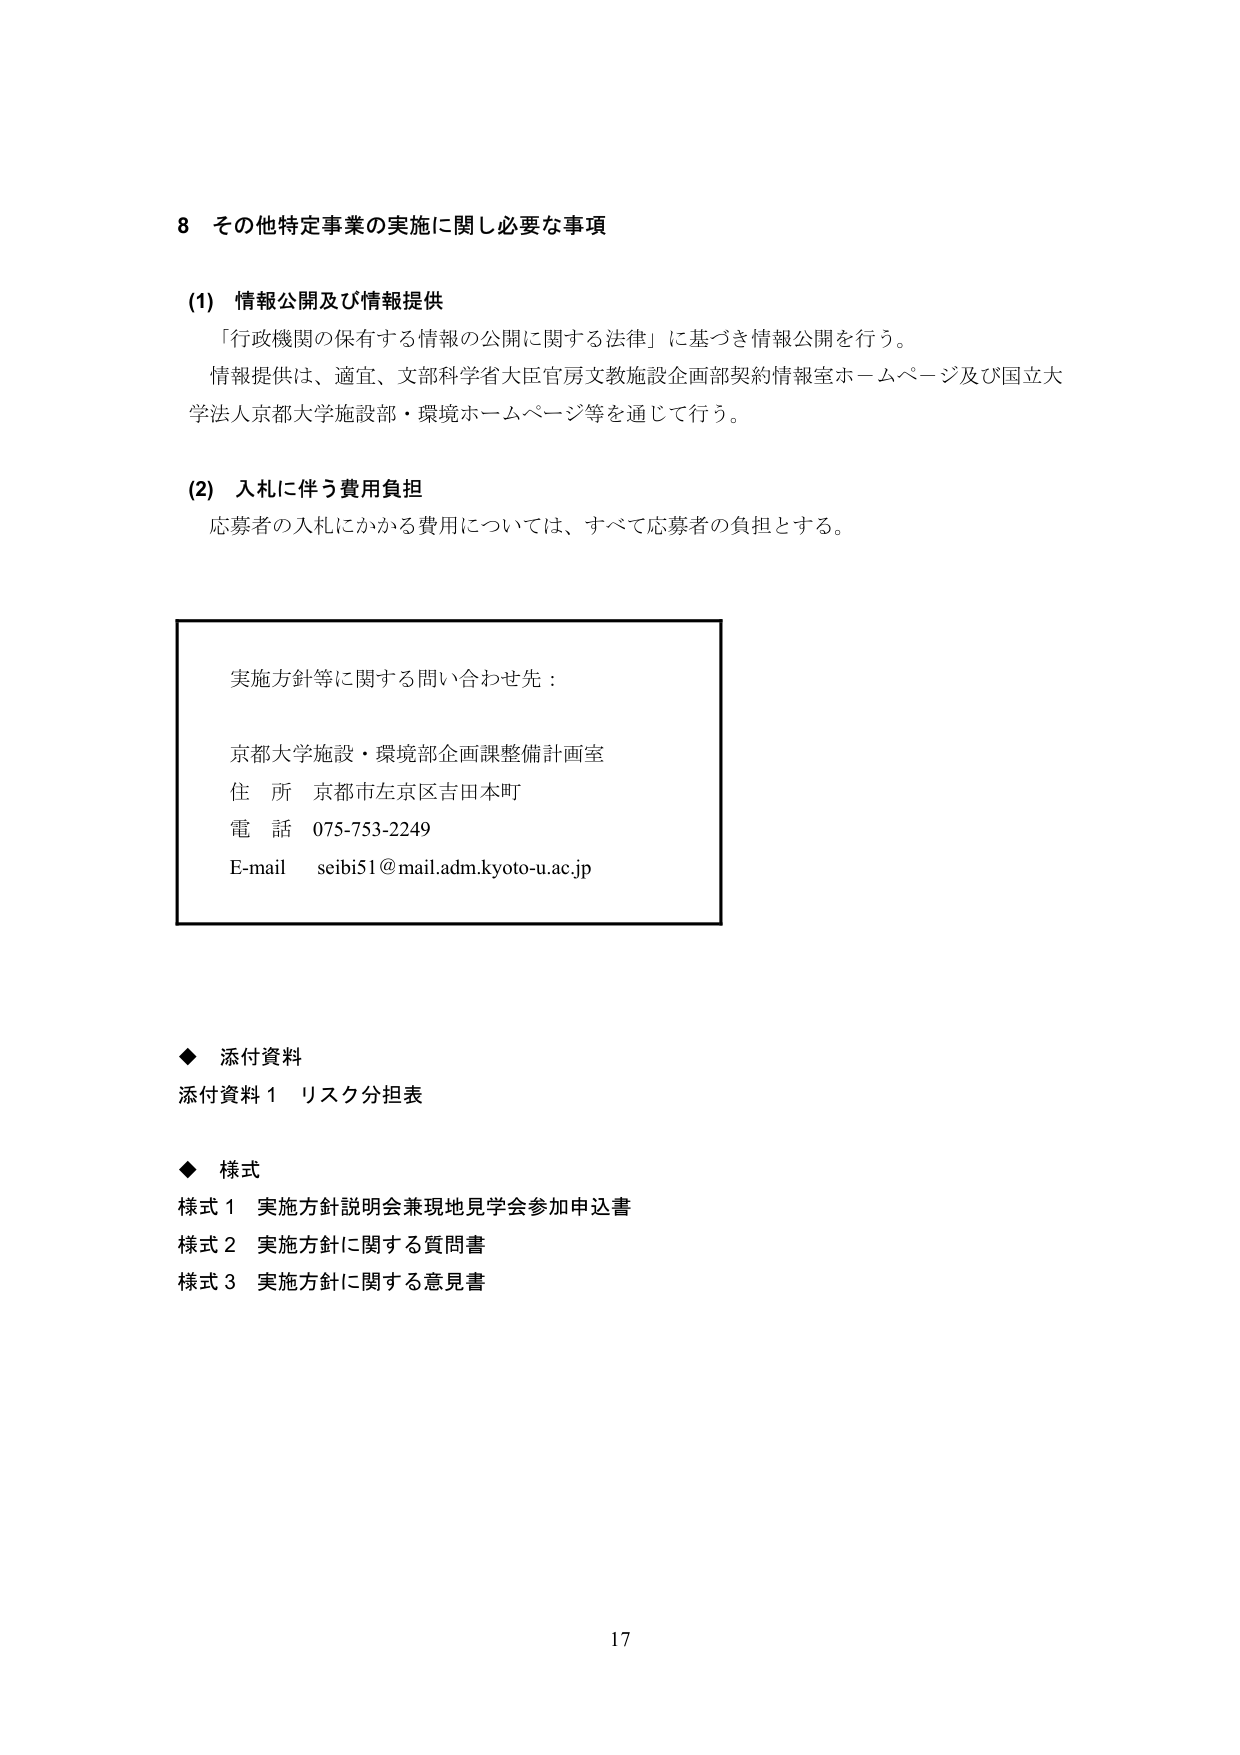
8 その他特定事業の実施に関し必要な事項

(1) 情報公開及び情報提供
「行政機関の保有する情報の公開に関する法律」に基づき情報公開を行う。
情報提供は、適宜、文部科学省大臣官房文教施設企画部契約情報室ホームページ及び国立大学法人京都大学施設部・環境ホームページ等を通じて行う。

(2) 入札に伴う費用負担
応募者の入札にかかる費用については、すべて応募者の負担とする。

実施方針等に関する問い合わせ先：
京都大学施設・環境部企画課整備計画室
住 所 京都市左京区吉田本町
電 話 075-753-2249
E-mail seibi51@mail.adm.kyoto-u.ac.jp

◆ 添付資料
添付資料１ リスク分担表

◆ 様式
様式１ 実施方針説明会兼現地見学会参加申込書
様式２ 実施方針に関する質問書
様式３ 実施方針に関する意見書

17